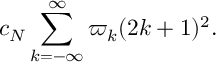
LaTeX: c _ { N } \sum _ { k = - \infty } ^ { \infty } \varpi _ { k } ( 2 k + 1 ) ^ { 2 } .